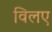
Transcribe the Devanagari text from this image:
विलए